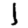
Digit: 1